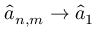
\hat { a } _ { n , m } \to \hat { a } _ { 1 }